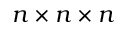
n \times n \times n